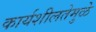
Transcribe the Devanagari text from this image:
कार्यशीलतेमुळे